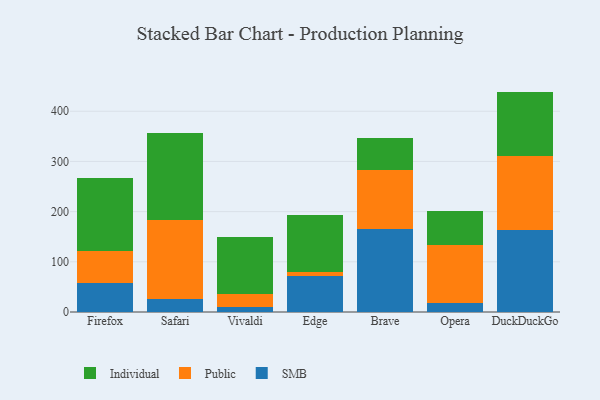
{"axis": {"x": "Browser", "y": "Inventory Turnover"}, "legend": ["Individual", "Public", "SMB"], "data": [{"x": "Firefox", "y": 58.3, "type": "SMB"}, {"x": "Firefox", "y": 62.5, "type": "Public"}, {"x": "Firefox", "y": 145.8, "type": "Individual"}, {"x": "Safari", "y": 25.3, "type": "SMB"}, {"x": "Safari", "y": 157.3, "type": "Public"}, {"x": "Safari", "y": 173.1, "type": "Individual"}, {"x": "Vivaldi", "y": 10.6, "type": "SMB"}, {"x": "Vivaldi", "y": 24.3, "type": "Public"}, {"x": "Vivaldi", "y": 114.4, "type": "Individual"}, {"x": "Edge", "y": 71.3, "type": "SMB"}, {"x": "Edge", "y": 9.3, "type": "Public"}, {"x": "Edge", "y": 112.4, "type": "Individual"}, {"x": "Brave", "y": 165.4, "type": "SMB"}, {"x": "Brave", "y": 117.8, "type": "Public"}, {"x": "Brave", "y": 63.9, "type": "Individual"}, {"x": "Opera", "y": 18.1, "type": "SMB"}, {"x": "Opera", "y": 115.5, "type": "Public"}, {"x": "Opera", "y": 67.2, "type": "Individual"}, {"x": "DuckDuckGo", "y": 162.9, "type": "SMB"}, {"x": "DuckDuckGo", "y": 147.6, "type": "Public"}, {"x": "DuckDuckGo", "y": 128.6, "type": "Individual"}]}